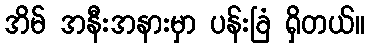
အိမ် အနီးအနားမှာ ပန်းခြံ ရှိတယ်။